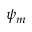
\psi _ { m }